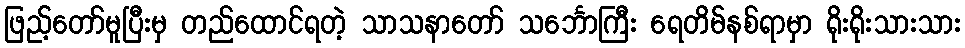
ဖြည့်တော်မူပြီးမှ တည်ထောင်ရတဲ့ သာသနာတော် သင်္ဘောကြီး ရေတိမ်နစ်ရာမှာ ရိုးရိုးသားသား